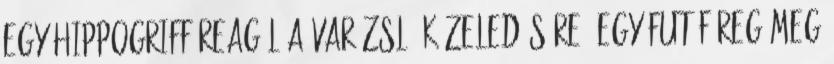
egy hippogriff reagál a varázsló közeledésére. Egy futóféreg meg